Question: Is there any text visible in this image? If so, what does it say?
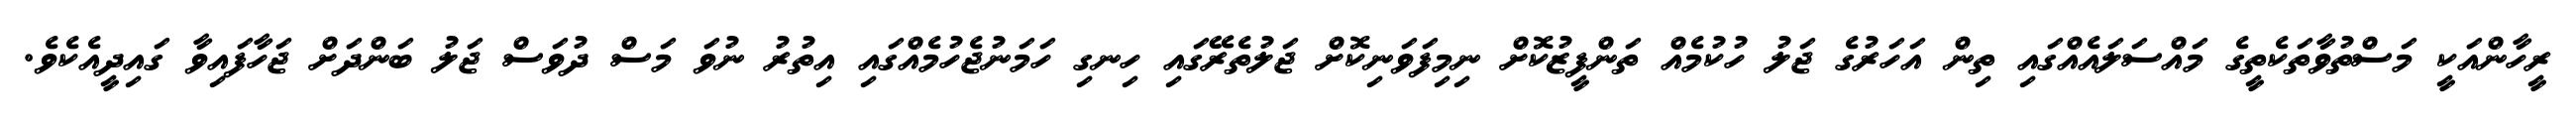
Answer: ރީހާންއަކީ މަސްތުވާތަކެތީގެ މައްސަލައެއްގައި ތިން އަހަރުގެ ޖަލު ހުކުމެއް ތަންފީޒުކޮށް ނިމިފަވަނިކޮށް ޖަލުތެރޭގައި ހިނގި ހަމަނުޖެހުމެއްގައި އިތުރު ނުވަ މަސް ދުވަސް ޖަލު ބަންދަށް ޖަހާފައިވާ ގައިދީއެކެވެ.